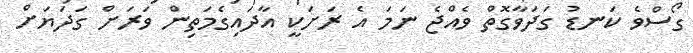
ގޯސްވެ ކަނޑު ގަދަވާގޮތް ވެއްޖެ ނަމަ އެ ރަށަކީ އާދައިގެމަތިން ވަރަށް ގަދަޔަށް